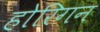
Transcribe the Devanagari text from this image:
होरिगन